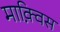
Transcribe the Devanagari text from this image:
माक़्विस